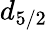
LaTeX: d_{5/2}